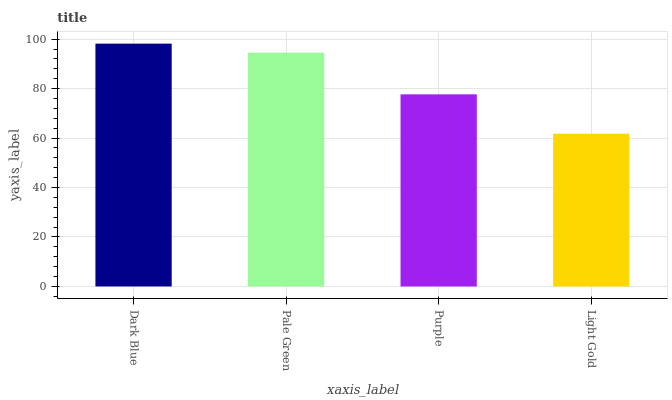
| xaxis_label | bars |
 | --- | --- |
 | Dark Blue | 98.2 |
 | Pale Green | 94.5 |
 | Purple | 77.7 |
 | Light Gold | 61.8 |